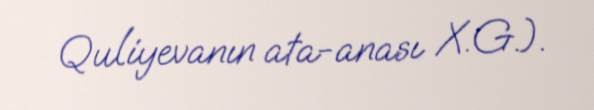
Quliyevanın ata-anası X.G.).